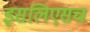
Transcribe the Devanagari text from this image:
इसलिएसच